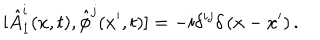
[ \hat { A } _ { 1 } ^ { i } ( x , t ) , \hat { \phi } ^ { j } ( x ^ { \prime } , t ) ] = - i \delta ^ { i j } \delta \left( x - x ^ { \prime } \right) .